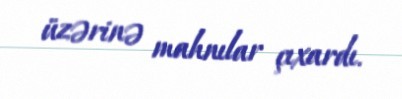
üzərinə mahnılar çıxardı.